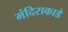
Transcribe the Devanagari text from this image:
मंदिराकाडे